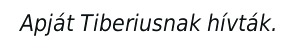
Apját Tiberiusnak hívták.